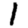
Digit: 1